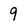
Character: 9